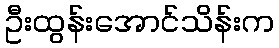
ဦးထွန်းအောင်သိန်းက